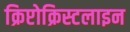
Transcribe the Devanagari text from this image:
क्रिप्टोक्रिस्टलाइन